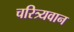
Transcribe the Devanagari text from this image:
चरित्र्यवान